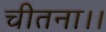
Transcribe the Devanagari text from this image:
चीतना।।